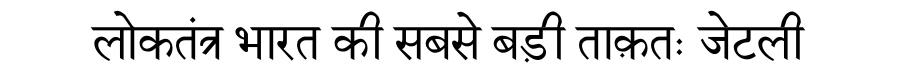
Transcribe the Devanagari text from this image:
लोकतंत्र भारत की सबसे बड़ी ताक़तः जेटली